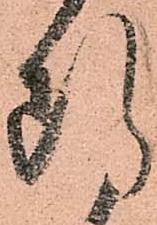
断